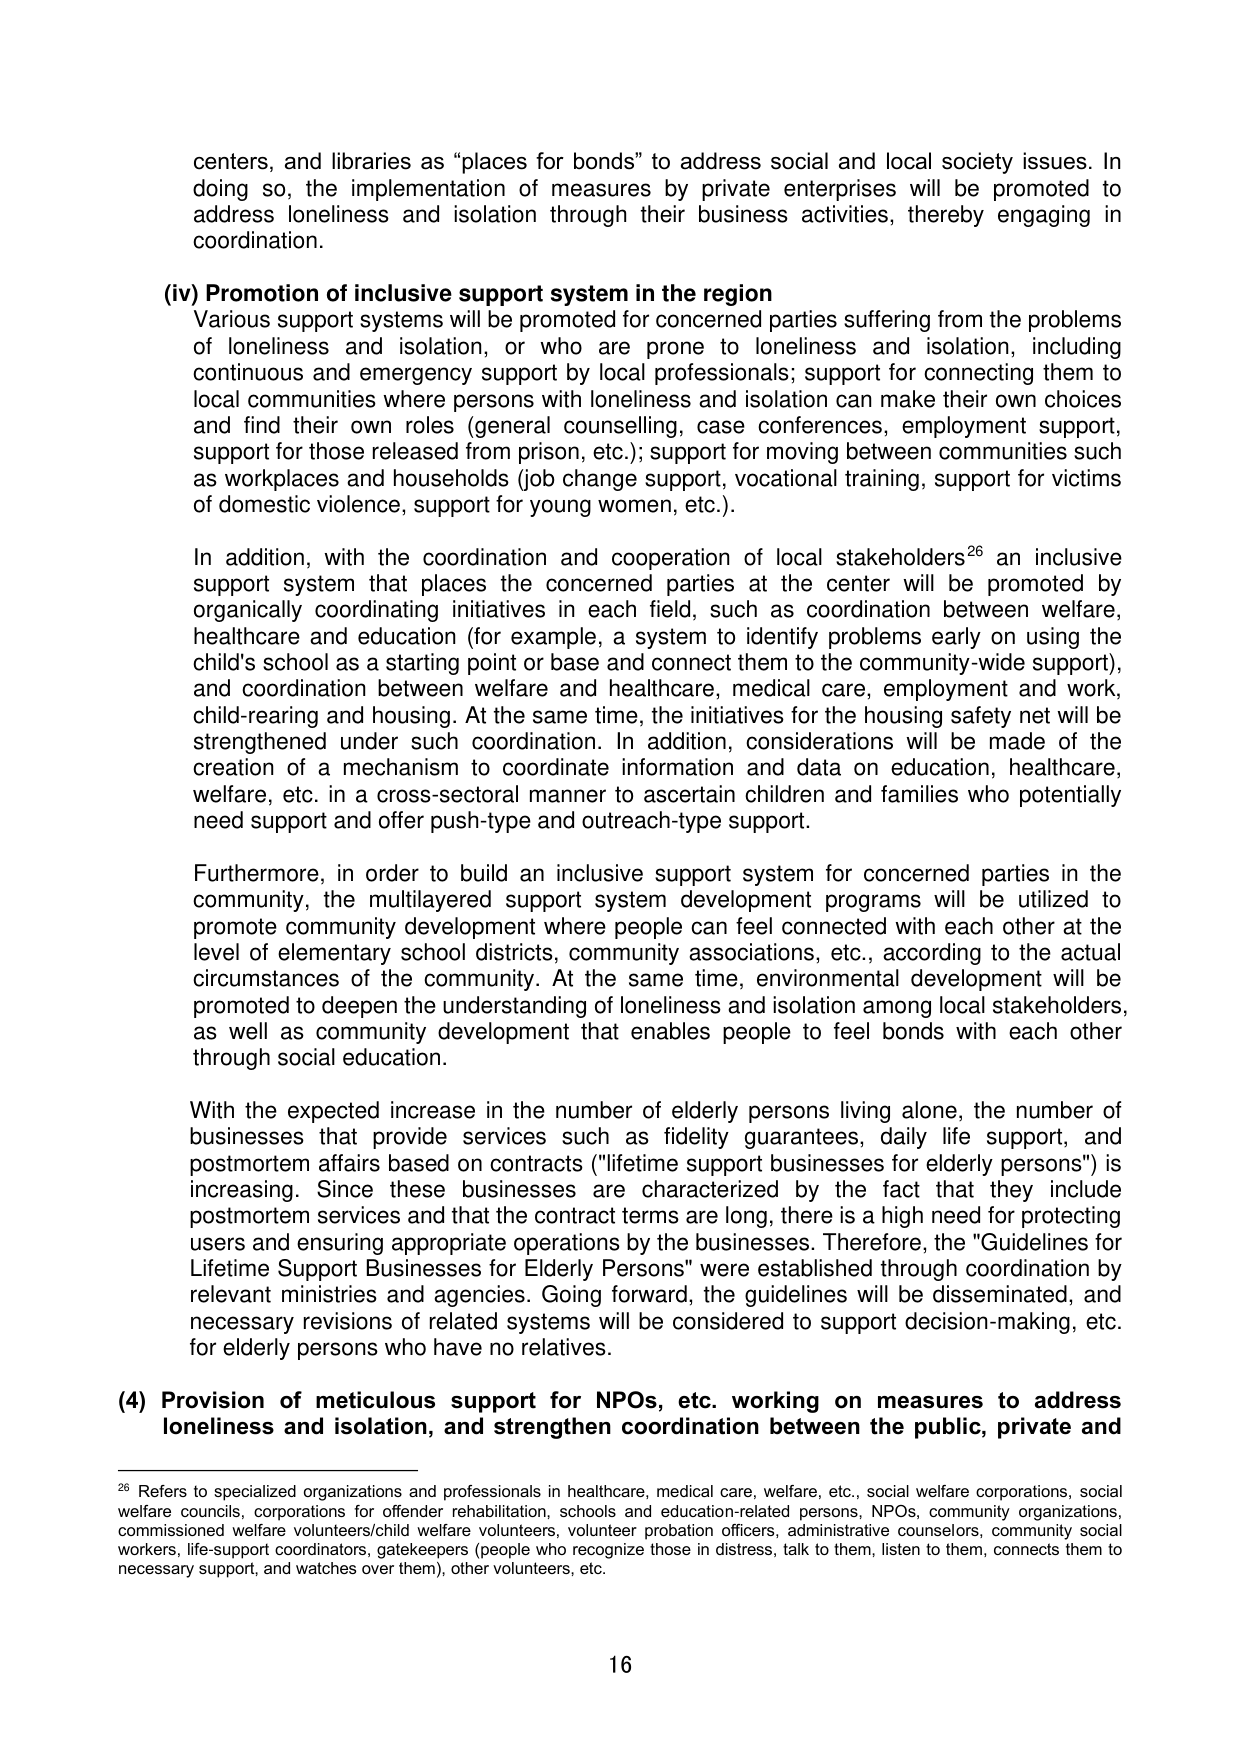
centers, and libraries as “places for bonds” to address social and local society issues. In doing so, the implementation of measures by private enterprises will be promoted to address loneliness and isolation through their business activities, thereby engaging in coordination.

(iv) Promotion of inclusive support system in the region
Various support systems will be promoted for concerned parties suffering from the problems of loneliness and isolation, or who are prone to loneliness and isolation, including continuous and emergency support by local professionals; support for connecting them to local communities where persons with loneliness and isolation can make their own choices and find their own roles (general counselling, case conferences, employment support, support for those released from prison, etc.); support for moving between communities such as workplaces and households (job change support, vocational training, support for victims of domestic violence, support for young women, etc.).

In addition, with the coordination and cooperation of local stakeholders²⁶ an inclusive support system that places the concerned parties at the center will be promoted by organically coordinating initiatives in each field, such as coordination between welfare, healthcare and education (for example, a system to identify problems early on using the child’s school as a starting point or base and connect them to the community-wide support), and coordination between welfare and healthcare, medical care, employment and work, child-rearing and housing. At the same time, the initiatives for the housing safety net will be strengthened under such coordination. In addition, considerations will be made of the creation of a mechanism to coordinate information and data on education, healthcare, welfare, etc. in a cross-sectoral manner to ascertain children and families who potentially need support and offer push-type and outreach-type support.

Furthermore, in order to build an inclusive support system for concerned parties in the community, the multilayered support system development programs will be utilized to promote community development where people can feel connected with each other at the level of elementary school districts, community associations, etc., according to the actual circumstances of the community. At the same time, environmental development will be promoted to deepen the understanding of loneliness and isolation among local stakeholders, as well as community development that enables people to feel bonds with each other through social education.

With the expected increase in the number of elderly persons living alone, the number of businesses that provide services such as fidelity guarantees, daily life support, and postmortem affairs based on contracts ("lifetime support businesses for elderly persons") is increasing. Since these businesses are characterized by the fact that they include postmortem services and that the contract terms are long, there is a high need for protecting users and ensuring appropriate operations by the businesses. Therefore, the "Guidelines for Lifetime Support Businesses for Elderly Persons" were established through coordination by relevant ministries and agencies. Going forward, the guidelines will be disseminated, and necessary revisions of related systems will be considered to support decision-making, etc. for elderly persons who have no relatives.

(4) Provision of meticulous support for NPOs, etc. working on measures to address loneliness and isolation, and strengthen coordination between the public, private and

²⁶ Refers to specialized organizations and professionals in healthcare, medical care, welfare, etc., social welfare corporations, social welfare councils, corporations for offender rehabilitation, schools and education-related persons, NPOs, community organizations, commissioned welfare volunteers/child welfare volunteers, volunteer probation officers, administrative counselors, community social workers, life-support coordinators, gatekeepers (people who recognize those in distress, talk to them, listen to them, connects them to necessary support, and watches over them), other volunteers, etc.

16